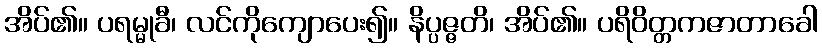
အိပ်၏။ ပရမ္မုခီ၊ လင်ကိုကျောပေး၍။ နိပ္ပဇ္ဇတိ၊ အိပ်၏။ ပရိဝိတ္တကဇာတာခေါ